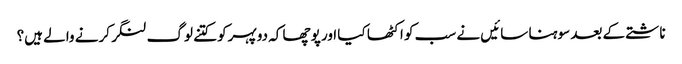
ناشتے کے بعد سوہنا سائیں نے سب کو اکٹھا کیا اور پوچھا کہ دوپہرکو کتنے لوگ لنگر کرنے والے ہیں؟